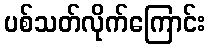
ပစ်သတ်လိုက်ကြောင်း